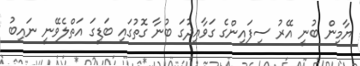
ޔާމިން ބުނީ އޭރު ސިފައިންގެ ގަވާއިދުގަ ބުނާ ގޮތުގައި ބަޑީގަ އަތްލެވޭނީ ނައިބު